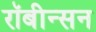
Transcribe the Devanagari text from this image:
रॉबीन्सन